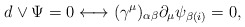
\begin{align*}d\vee \Psi = 0 \longleftrightarrow (\gamma^\mu)_{\alpha\beta} \partial_\mu\psi_{\beta (i)} = 0,\end{align*}